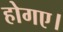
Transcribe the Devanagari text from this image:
होगए।